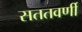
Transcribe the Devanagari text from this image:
सततवर्णी